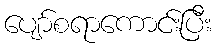
ပျော်စရာကောင်းပြီး